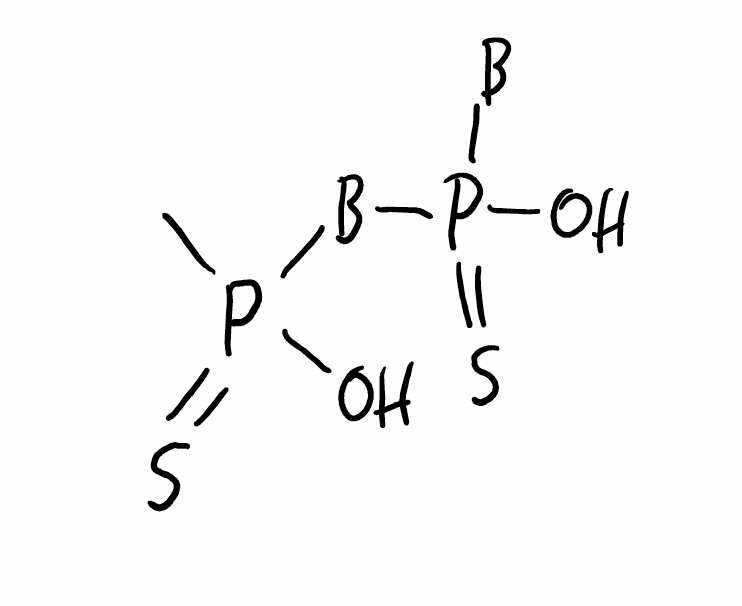
Simplified molecular-input line-entry system (SMILES) notation of the given molecule:
[B]P(=S)([B]P(=S)(C)O)O